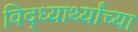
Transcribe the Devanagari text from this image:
विद्ध्यार्थ्यांच्या